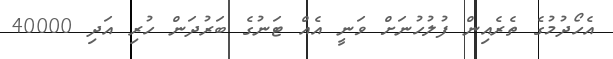
އެހޯދުމުގެ ތެރެއިން ފުލުހުނަށް ވަނީ އެއް ޓަނުގެ ބަރުދަން ހުރި އަދި 40000